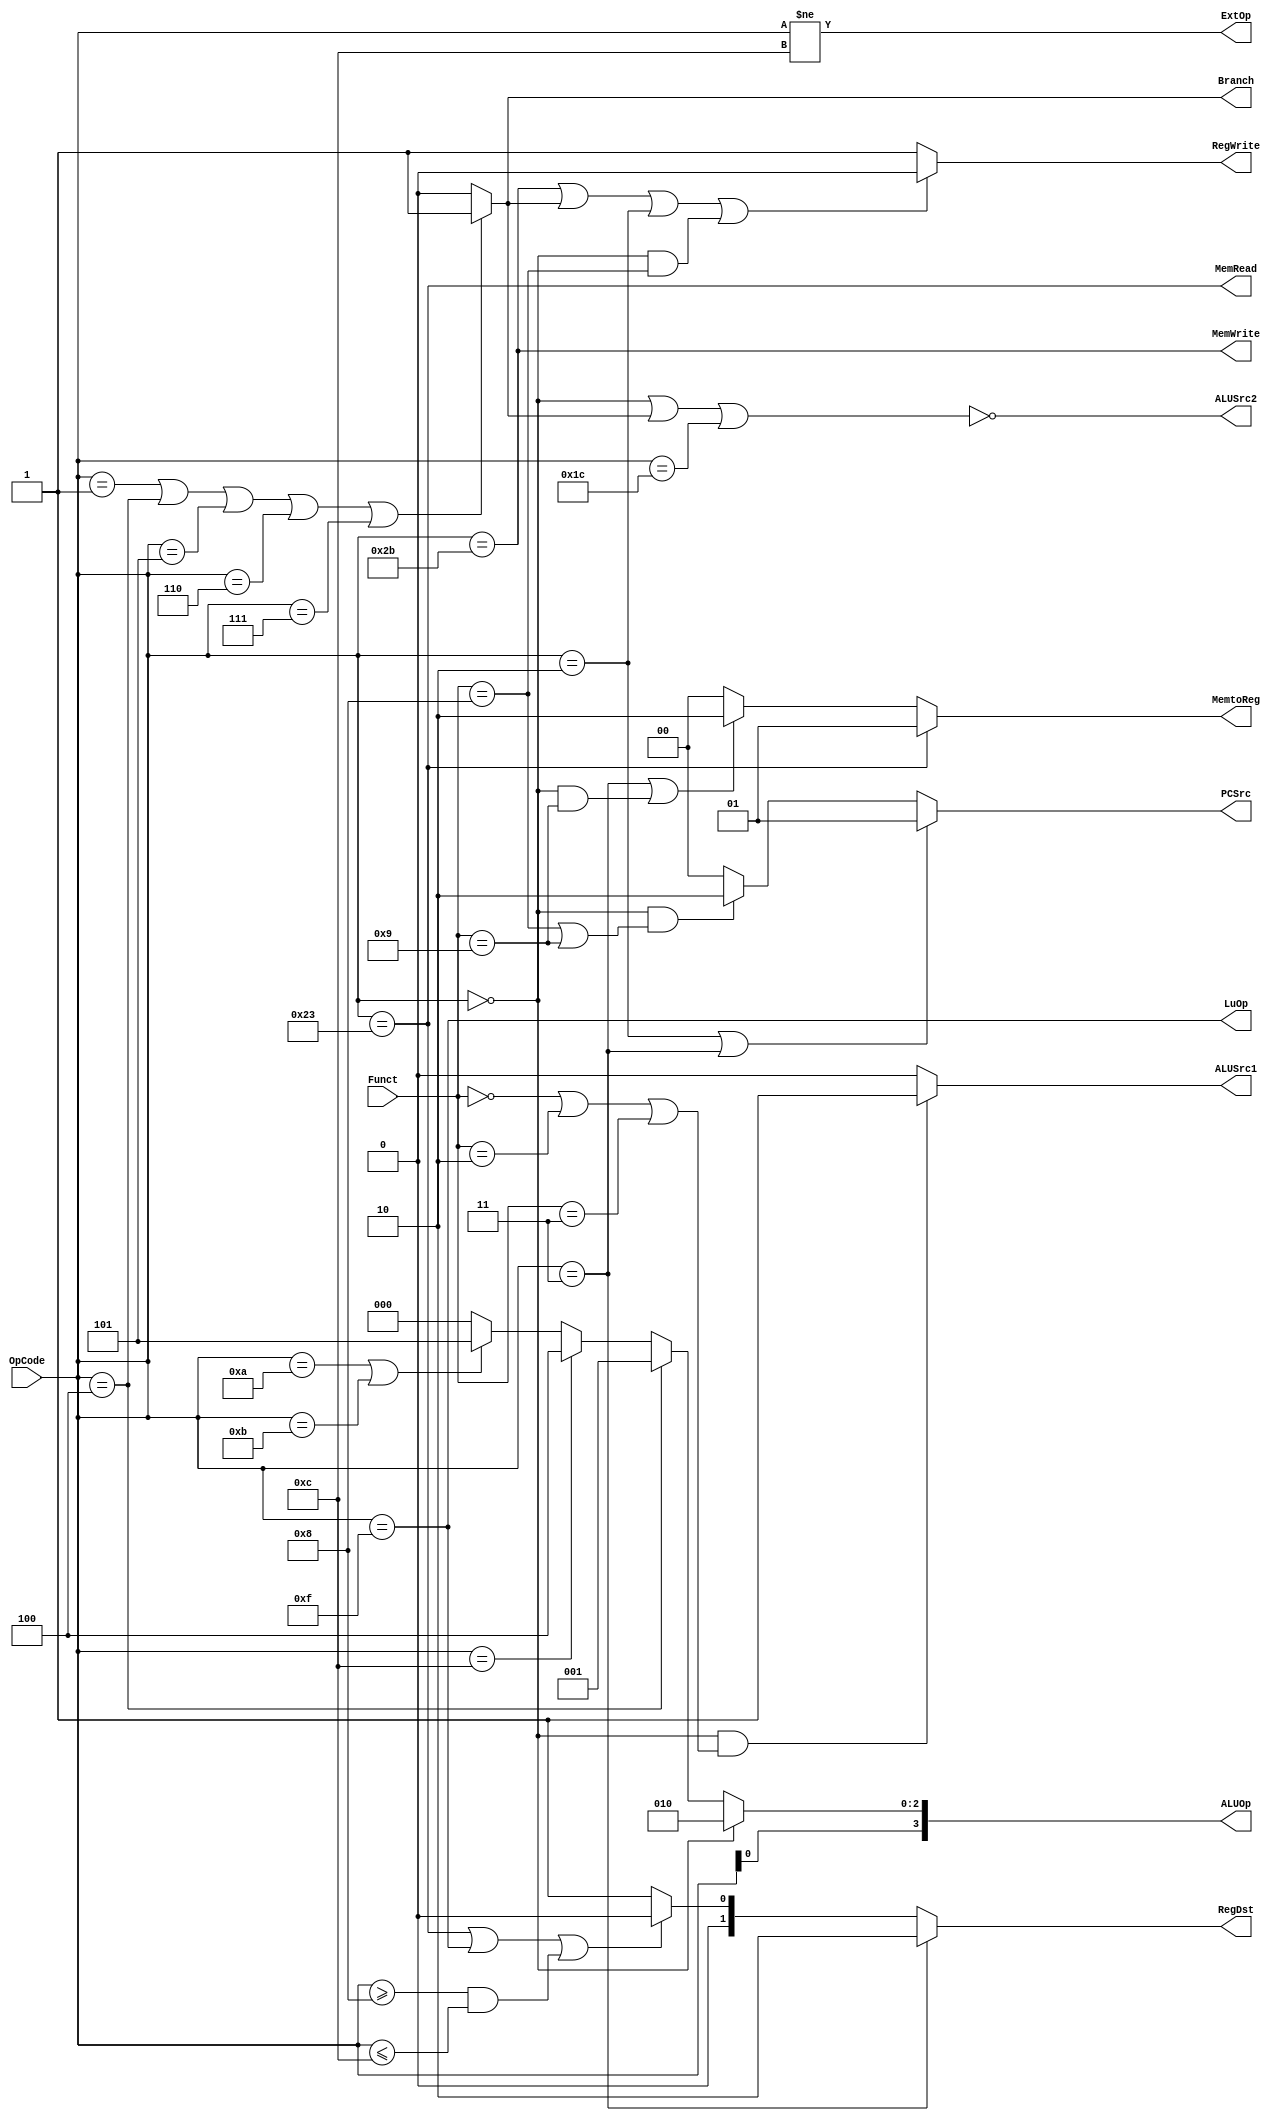
module Control(
    input  [6 -1:0] OpCode   ,
    input  [6 -1:0] Funct    ,
    output [2 -1:0] PCSrc    ,
    output Branch            ,
    output RegWrite          ,
    output [2 -1:0] RegDst   ,
    output MemRead           ,
    output MemWrite          ,
    output [2 -1:0] MemtoReg ,
    output ALUSrc1           ,
    output ALUSrc2           ,
    output ExtOp             ,
    output LuOp              ,
    output [4 -1:0] ALUOp
);
    
    assign PCSrc = (OpCode == 6'h2 || OpCode == 6'h3)? 2'b01: (OpCode == 6'h0 && (Funct == 6'h8 || Funct == 6'h9))? 2'b10: 2'b00;
    assign Branch = (OpCode == 6'h1 || OpCode == 6'h4 || OpCode == 6'h5 || OpCode == 6'h6 || OpCode == 6'h7)? 1'b1: 1'b0;
    assign RegWrite = (OpCode == 6'h2b || Branch || OpCode == 6'h2 || OpCode == 6'h0 && Funct == 6'h8)? 1'b0: 1'b1;
    assign RegDst = (OpCode == 6'h3) ? 2'b10 : (OpCode == 6'h23 || OpCode == 6'hf || OpCode >= 6'h8 && OpCode <= 6'hc) ? 2'b0 : 2'b1;
    assign MemRead = OpCode == 6'h23;
    assign MemWrite = OpCode == 6'h2b;
    assign MemtoReg = (OpCode == 6'h23)? 2'b1: (OpCode == 6'h3 || OpCode == 6'h0 && Funct == 6'h9)? 2'b10: 2'b0;
    assign ALUSrc1 = (OpCode == 6'h0 && (Funct == 6'h0 || Funct == 6'h2 || Funct == 6'h3))? 1'b1: 1'b0;
    assign ALUSrc2 = !(OpCode == 6'h0 || Branch || OpCode == 6'h1c);
    assign ExtOp = OpCode != 6'hc;
    assign LuOp = OpCode == 6'hf;

    // set ALUOp
    assign ALUOp[2:0] = 
        (OpCode == 6'h00)? 3'b010: 
        (OpCode == 6'h04)? 3'b001: 
        (OpCode == 6'h0c)? 3'b100: 
        (OpCode == 6'h0a || OpCode == 6'h0b)? 3'b101: 
        3'b000;
        
    assign ALUOp[3] = OpCode[0];

    
endmodule